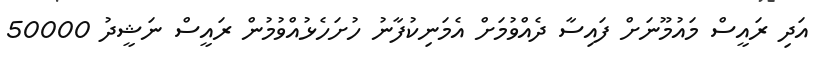
އަދި ރައީސް މައުމޫނަށް ފައިސާ ދެއްވުމަށް އެމަނިކުފާނު ހުށަހެޅުއްވުމުން ރައީސް ނަޝީދު 50000